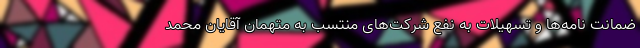
ضمانت نامه‌ها و تسهیلات به نفع شرکت‌های منتسب به متهمان آقایان محمد